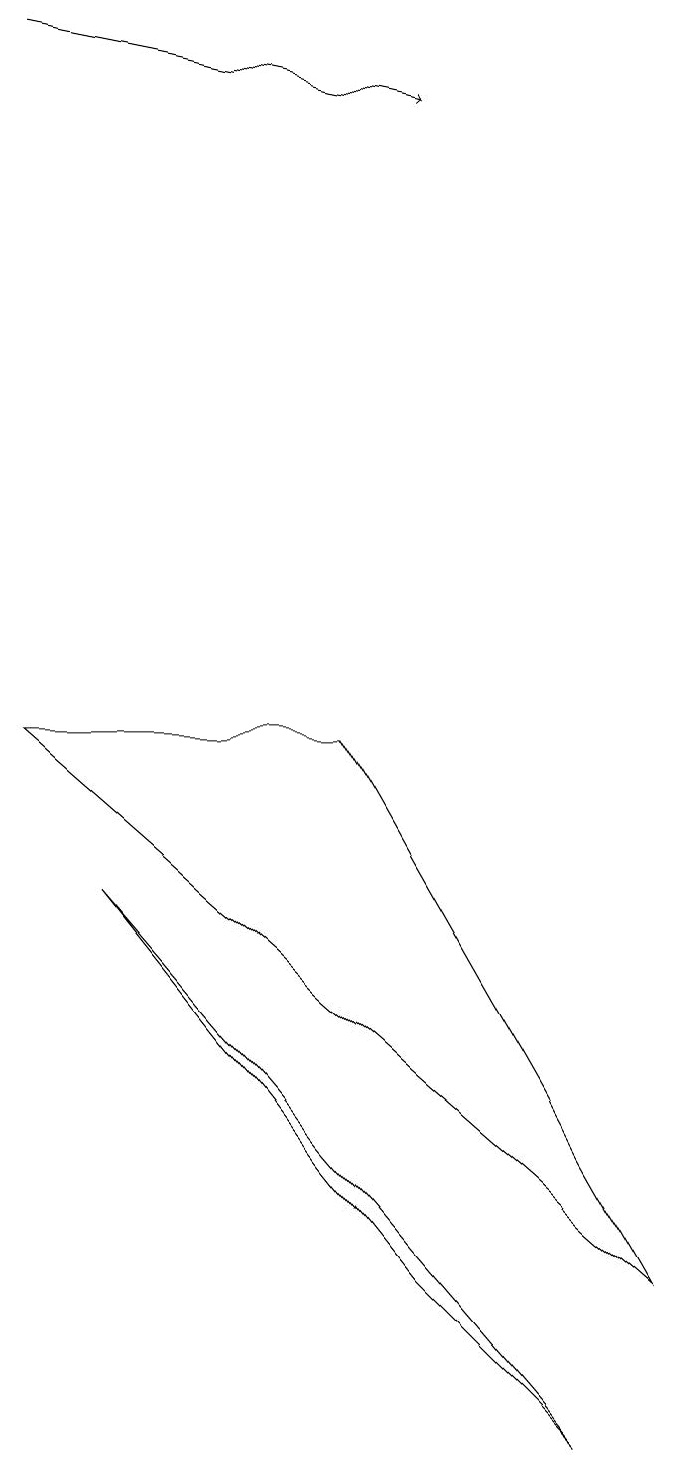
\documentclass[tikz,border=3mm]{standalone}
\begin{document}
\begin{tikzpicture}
\draw (5,2) -- (7,0) -- (1,7) -- cycle;
\draw[->] (0,18) -- (5,17);
\draw (8,2) -- (4,9) -- (0,9) -- cycle;
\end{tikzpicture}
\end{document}